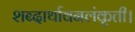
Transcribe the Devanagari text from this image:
शब्दार्थावनलंकृती।